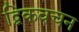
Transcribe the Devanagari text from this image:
द्विकवचन